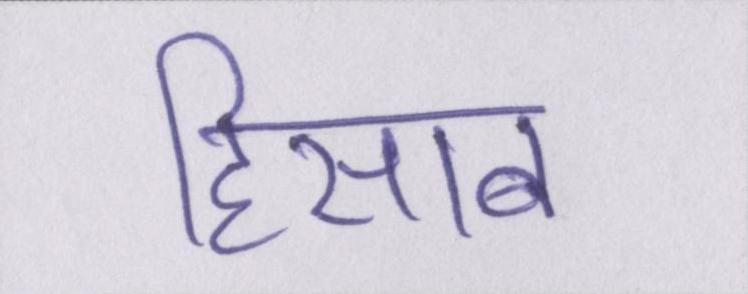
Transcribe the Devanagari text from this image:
हिसाब